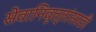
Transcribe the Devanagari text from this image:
सेवानिवृत्तांसाठी